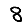
Digit: 8